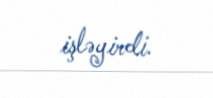
işləyirdi.